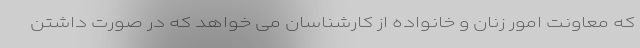
که معاونت امور زنان و خانواده از کارشناسان می خواهد که در صورت داشتن